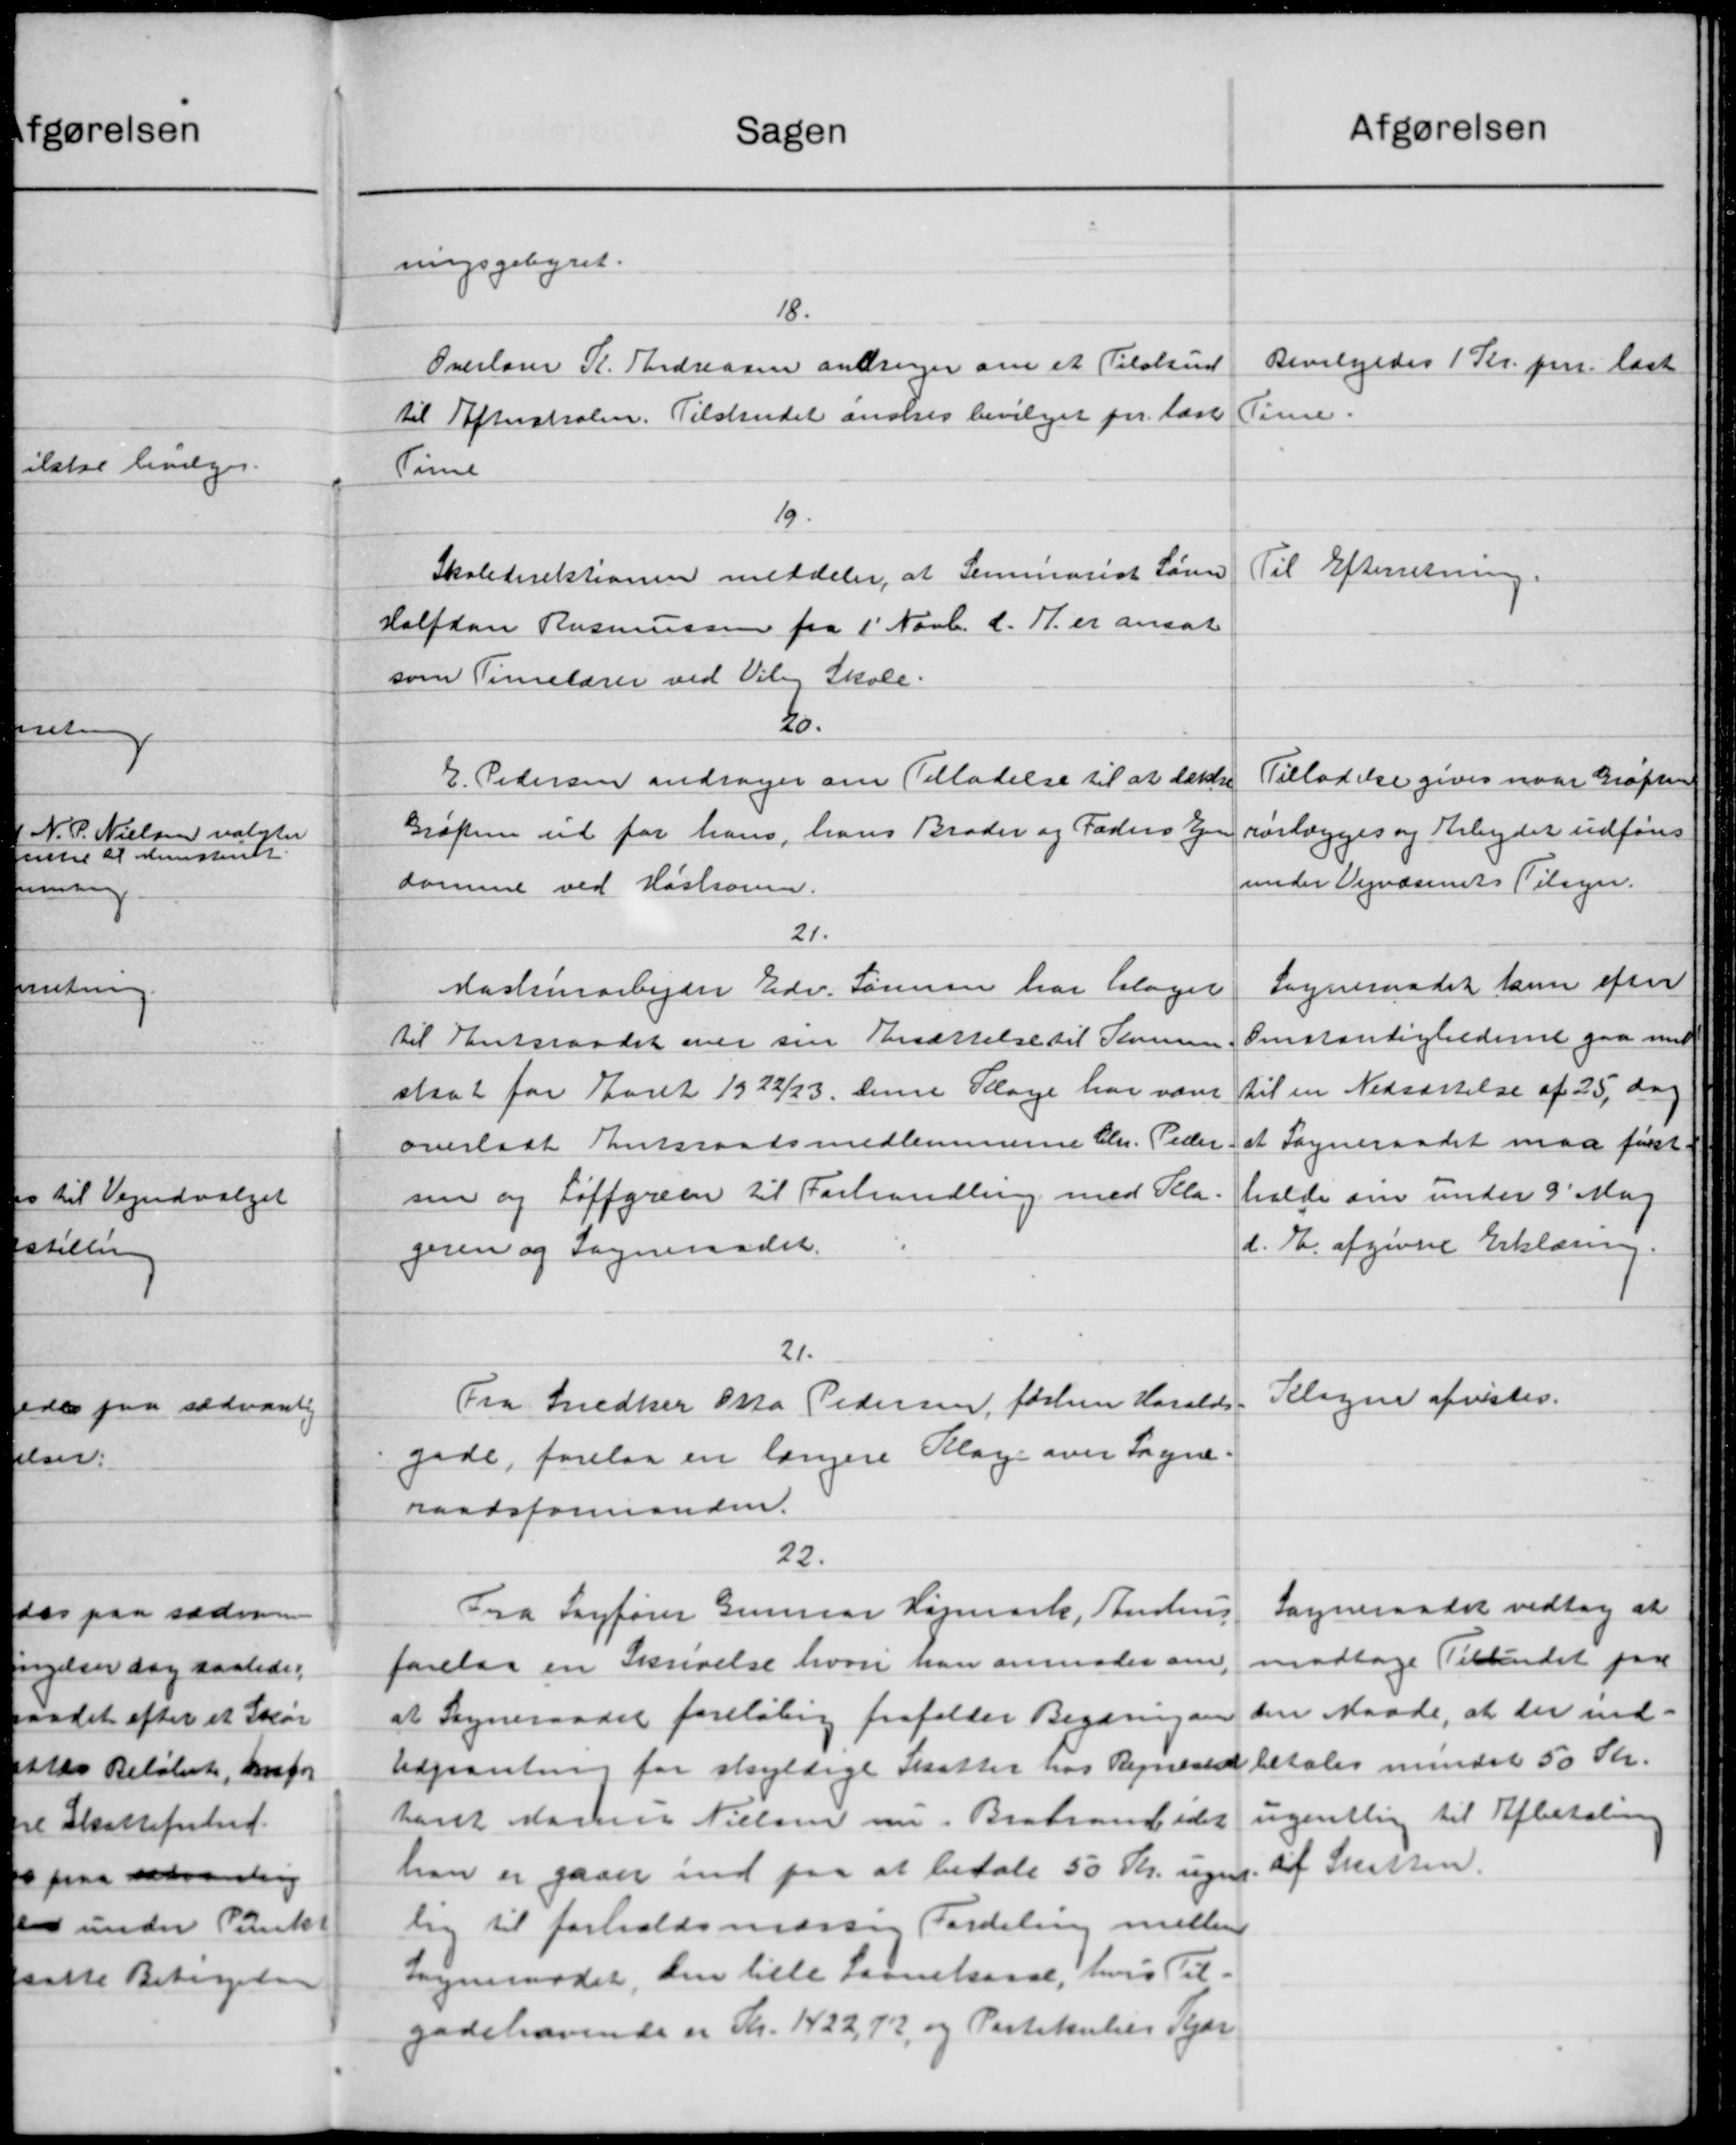
Transskription:
Sagen
ningsgebyret.
18.
Overlærer R. Andreasen anbringer om et Tilskud
til Efterskolen. Tilskudet ønskes bevilget par læse
Timel
19.
Skoledirektionen meddeler, at Semmarist Søren
Halfdan Rasmussen fra 1' Novb d. A. er ansat
som Timelærer ved Vil Skole.
20.
E. Pedersen andrager om Tilladelse til at dække
Grøften ud for hans, hans Broder og Faders Eje
domme ved Hastronen.
21.
Maskinarbejder Edv. Sørensen har klaget
til Amtsraadet over sin Ansættelse til Konen
skaat for Aaret 1922/23 denne Klage har været
overladt Amtsraadsmedlemmerne Chr. Peder
sen og Løffgreen til Forhandling med Pla
geren og Sogneraadet.
21.
Fra Snedker Otto Pedersen, førhen Haralds
gade, forelaa en længere Klage over Sogne-
raadsformanden.
22.
Fra Sagfører Gunnar Højmark, Anhus
forelaa en Skrivelse hvori han anmoder om
at Sogneraadet foreløbig frafalder Begæringen
Udpanting for skyldige Skatter hos Regnskab
havet Marie Nielsen om Brabrand idet
han er gaaer ind paa at betale 50 Kr. ugen
lig til forholdsmæssig Fordeling mellem
Sogneraadet, den lille saarekasse, hvis Til-
godehavende er Kr. 1422,72, og Partikulære Kjær